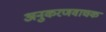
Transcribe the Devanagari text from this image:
अनुकरणवाचक